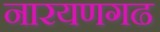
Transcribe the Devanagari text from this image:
नारयणगढ